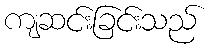
ကျဆင်းခြင်းသည်